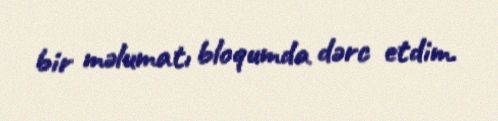
bir məlumatı bloqumda dərc etdim.